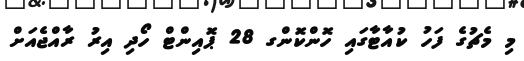
މި މެޗުގެ ފަހު ކުއާޓާގައި ހޮންކޮންގ 28 ޕޮއިންޓް ހޯދި އިރު ރާއްޖެއަށް